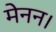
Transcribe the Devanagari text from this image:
मेनन।